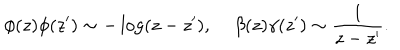
LaTeX: \phi ( z ) \phi ( z ^ { \prime } ) \sim - \log ( z - z ^ { \prime } ) , \, \beta ( z ) \gamma ( z ^ { \prime } ) \sim { \frac { 1 } { z - z ^ { \prime } } } .